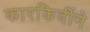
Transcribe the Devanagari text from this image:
कारकिर्दीने